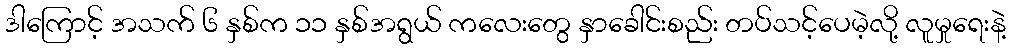
ဒါကြောင့် အသက် ၆ နှစ်က ၁၁ နှစ်အရွယ် ကလေးတွေ နှာခေါင်းစည်း တပ်သင့်ပေမဲ့လို့ လူမှုရေးနဲ့